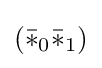
({\bar {*}}_{0}{\bar {*}}_{1})